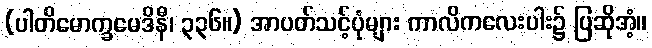
(ပါတိမောက္ခမေဒိနီ၊ ၃၃၆။) အာပတ်သင့်ပုံများ ကာလိကလေးပါး၌ ပြဆိုအံ့။